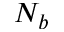
N _ { b }